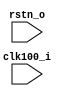
module fsm(
    input clk100_i,
    input rstn_o
);

endmodule